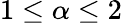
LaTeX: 1\leq\alpha\leq 2